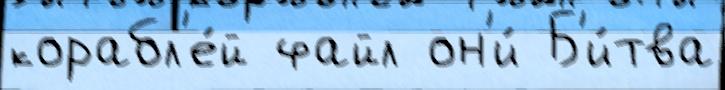
корабл'е́й файл он'и́ Б'и́тва